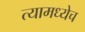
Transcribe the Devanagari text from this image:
त्यामध्येच